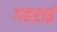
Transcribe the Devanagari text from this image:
गहरार्इ